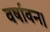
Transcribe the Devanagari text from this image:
वर्षावन।